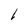
Character: l